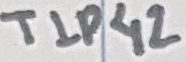
Text: TIP42